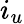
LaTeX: i_{u}